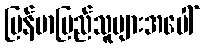
မြန်မာပြည်သူများအပေါ်